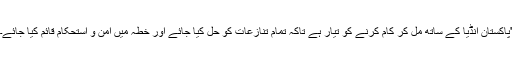
'پاکستان انڈیا کے ساتھ مل کر کام کرنے کو تیار ہے تاکہ تمام تنازعات کو حل کیا جائے اور خطہ میں امن و استحکام قائم کیا جائے۔